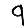
Digit: 9